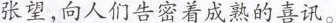
张望，向人们告密着成熟的喜讯。